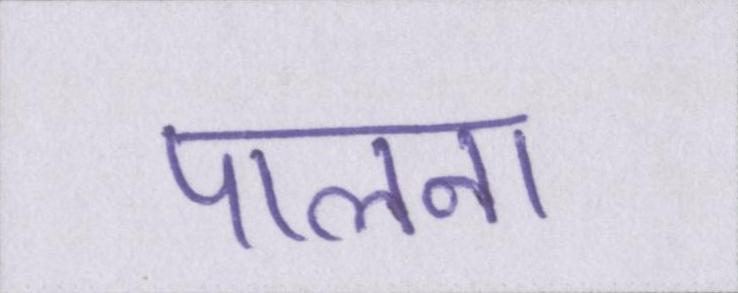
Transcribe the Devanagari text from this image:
पालना